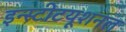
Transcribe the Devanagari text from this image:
इन्स्टीटयूशनल